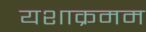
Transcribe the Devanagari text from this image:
यशाक्रमम